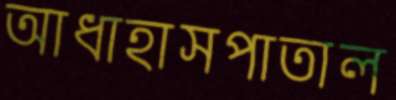
আধাহাসপাতাল